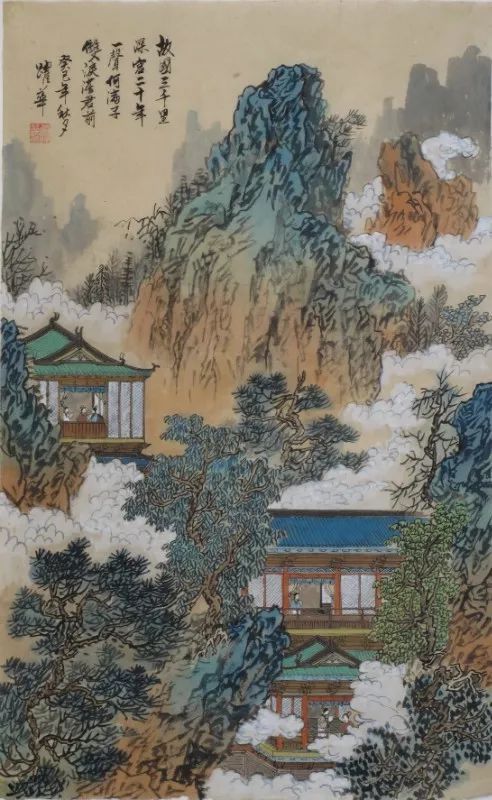
故国三千里，深宫二十年。